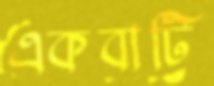
একবাটি